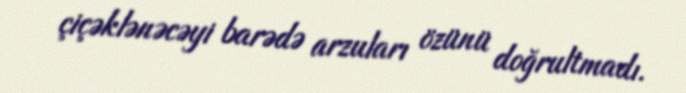
çiçəklənəcəyi barədə arzuları özünü doğrultmadı.